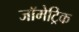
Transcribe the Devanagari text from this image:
जॉमेट्रिक